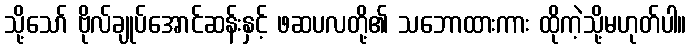
သို့သော် ဗိုလ်ချုပ်အောင်ဆန်းနှင့် ဖဆပလတို့၏ သဘောထားကား ထိုကဲ့သို့မဟုတ်ပါ။